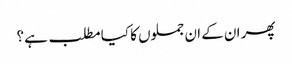
پھر ان کے ان جملوں کا کیا مطلب ہے؟